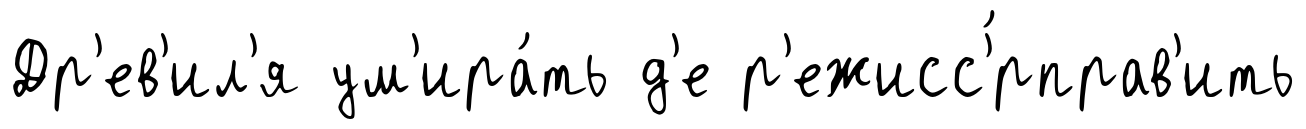
Др'ев'ил'я ум'ира́ть д'е р'ежисс'́рправ'ить